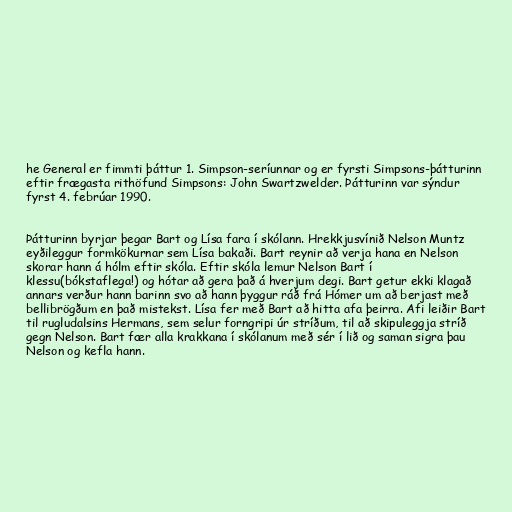
he General er fimmti þáttur 1. Simpson-seríunnar og er fyrsti Simpsons-þátturinn
eftir frægasta rithöfund Simpsons: John Swartzwelder. Þátturinn var sýndur
fyrst 4. febrúar 1990.

Þátturinn byrjar þegar Bart og Lísa fara í skólann. Hrekkjusvínið Nelson Muntz
eyðileggur formkökurnar sem Lísa bakaði. Bart reynir að verja hana en Nelson
skorar hann á hólm eftir skóla. Eftir skóla lemur Nelson Bart í
klessu(bókstaflega!) og hótar að gera það á hverjum degi. Bart getur ekki klagað
annars verður hann barinn svo að hann þyggur ráð frá Hómer um að berjast með
bellibrögðum en það mistekst. Lísa fer með Bart að hitta afa þeirra. Afi leiðir Bart
til rugludalsins Hermans, sem selur forngripi úr stríðum, til að skipuleggja stríð
gegn Nelson. Bart fær alla krakkana í skólanum með sér í lið og saman sigra þau
Nelson og kefla hann.